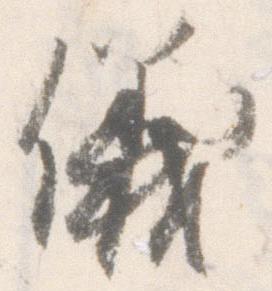
儀